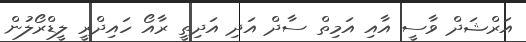
އަރްޝަދް ވާސީ އާއި އަމިތް ސާދް އަދި އަދިތީ ރާއޯ ހައިދްރީ ލީޑްރޯލުން